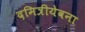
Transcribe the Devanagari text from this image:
दमित्रीयेवना